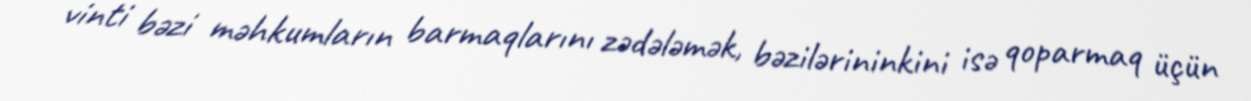
vinti bəzi məhkumların barmaqlarını zədələmək, bəzilərininkini isə qoparmaq üçün